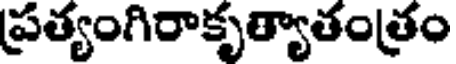
ప్రత్యంగిరాకృత్యాతంత్రం